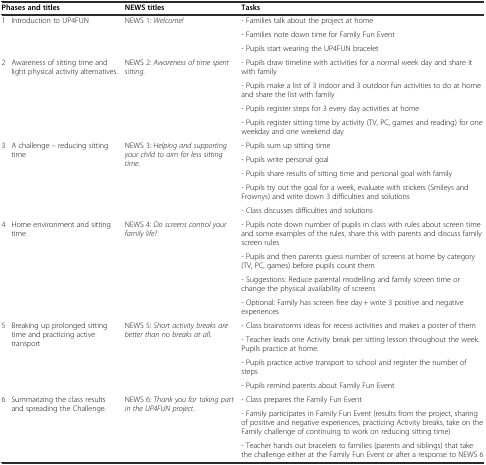
<table><thead><tr><td colspan="2"><b>Phases and titles</b></td><td><b>NEWS titles</b></td><td><b>Tasks</b></td></tr></thead><tbody><tr><td rowspan="3">1</td><td rowspan="3">Introduction to UP4FUN</td><td rowspan="3">NEWS 1: <i>Welcome!</i></td><td>- Families talk about the project at home</td></tr><tr><td>- Families note down time for Family Fun Event</td></tr><tr><td>- Pupils start wearing the UP4FUN bracelet</td></tr><tr><td rowspan="4">2</td><td rowspan="4">Awareness of sitting time and light physical activity alternatives.</td><td rowspan="4">NEWS 2: <i>Awareness of time spent sitting.</i></td><td>- Pupils draw timeline with activities for a normal week day and share it with family</td></tr><tr><td>- Pupils make a list of 3 indoor and 3 outdoor fun activities to do at home and share the list with family</td></tr><tr><td>- Pupils register steps for 3 every day activities at home</td></tr><tr><td>- Pupils register sitting time by activity (TV, PC, games and reading) for one weekday and one weekend day</td></tr><tr><td rowspan="5">3</td><td rowspan="5">A challenge – reducing sitting time</td><td rowspan="5">NEWS 3: <i>Helping and supporting your child to aim for less sitting time.</i></td><td>- Pupils sum up sitting time</td></tr><tr><td>- Pupils write personal goal</td></tr><tr><td>- Pupils share results of sitting time and personal goal with family</td></tr><tr><td>- Pupils try out the goal for a week, evaluate with stickers (Smileys and Frownys) and write down 3 difficulties and solutions</td></tr><tr><td>- Class discusses difficulties and solutions</td></tr><tr><td rowspan="4">4</td><td rowspan="4">Home environment and sitting time</td><td rowspan="4">NEWS 4: <i>Do screens control your family life?</i></td><td>- Pupils note down number of pupils in class with rules about screen time and some examples of the rules, share this with parents and discuss family screen rules</td></tr><tr><td>- Pupils and then parents guess number of screens at home by category (TV, PC, games) before pupils count them</td></tr><tr><td>- Suggestions: Reduce parental modelling and family screen time or change the physical availability of screens</td></tr><tr><td>- Optional: Family has screen free day + write 3 positive and negative experiences</td></tr><tr><td rowspan="4">5</td><td rowspan="4">Breaking up prolonged sitting time and practicing active transport</td><td rowspan="4">NEWS 5: <i>Short activity breaks are better than no breaks at all.</i></td><td>- Class brainstorms ideas for recess activities and makes a poster of them</td></tr><tr><td>- Teacher leads one Activity break per sitting lesson throughout the week. Pupils practice at home.</td></tr><tr><td>- Pupils practice active transport to school and register the number of steps</td></tr><tr><td>- Pupils remind parents about Family Fun Event</td></tr><tr><td rowspan="3">6</td><td rowspan="3">Summarizing the class results and spreading the Challenge.</td><td rowspan="3">NEWS 6: <i>Thank you for taking part in the UP4FUN project.</i></td><td>- Class prepares the Family Fun Event</td></tr><tr><td>- Family participates in Family Fun Event (results from the project, sharing of positive and negative experiences, practicing Activity breaks, take on the Family challenge of continuing to work on reducing sitting time)</td></tr><tr><td>- Teacher hands out bracelets to families (parents and siblings) that take the challenge either at the Family Fun Event or after a response to NEWS 6</td></tr></tbody></table>